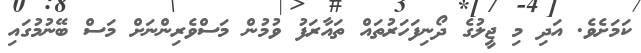
ކަމަށެވެ. އަދި މި ޖީލުގެ ދޯނިފަހަރުތައް ތައާރަފު ވުމުން މަސްވެރިންނަށް މަސް ބޭނުމުގައި